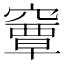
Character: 𥨎